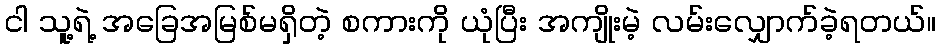
ငါ သူ့ရဲ့ အခြေအမြစ်မရှိတဲ့ စကားကို ယုံပြီး အကျိုးမဲ့ လမ်းလျှောက်ခဲ့ရတယ်။